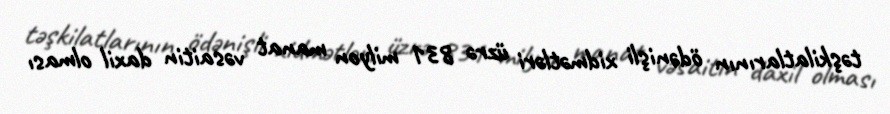
təşkilatlarının ödənişli xidmətləri üzrə 831 milyon manat vəsaitin daxil olması